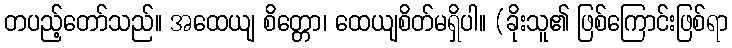
တပည့်တော်သည်။ အထေယျ စိတ္တော၊ ထေယျစိတ်မရှိပါ။ (ခိုးသူ၏ ဖြစ်ကြောင်းဖြစ်ရာ